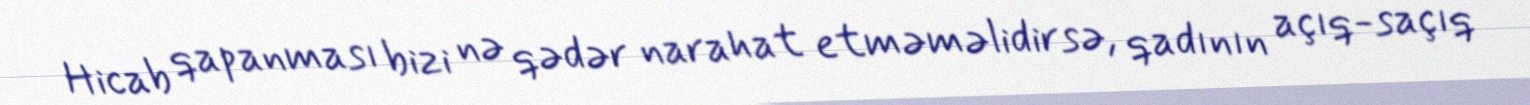
Hicab qapanması bizi nə qədər narahat etməməlidirsə, qadının açıq-saçıq